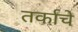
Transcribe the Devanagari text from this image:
तर्काचे